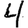
Digit: 4